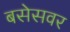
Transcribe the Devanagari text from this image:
बसेसवर